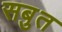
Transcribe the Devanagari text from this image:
सबुत